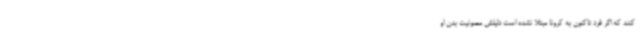
کنند که اگر فرد تاکنون به کرونا مبتلا نشده است دلیلش مصونیت بدن او